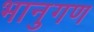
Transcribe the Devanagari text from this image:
भानुगण